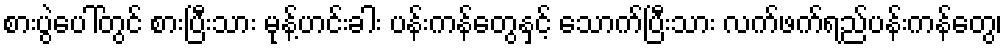
စားပွဲပေါ်တွင် စားပြီးသား မုန့်ဟင်းခါး ပန်းကန်တွေနှင့် သောက်ပြီးသား လက်ဖက်ရည်ပန်းကန်တွေ၊